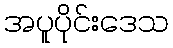
အပူပိုင်းဒေသ